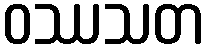
ဝဿသတ